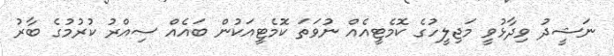
ނަޝީދު ވިދާޅުވީ މަޖިލީހުގެ ކޮމެޓީއެއް ނުވަތަ ކޮމެޓީއަކުން ބައެއް ސިއްރު ކުރުމުގެ ބާރު